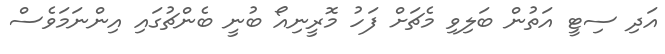
އަދި ސިޓީ އަތުން ބަލިވި މެޗަށް ފަހު މޮރީނިއޯ ބުނީ ބެންޗުގައި އިންނަމަވެސް